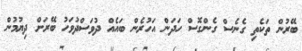
ބޭރުން ތަކެތި ގެނެސް ގެންގޮސް ހަދަން އަހުރެން ބައެއް ދުވަސްދުވަހު ބޭރަށް ދިޔުމުން